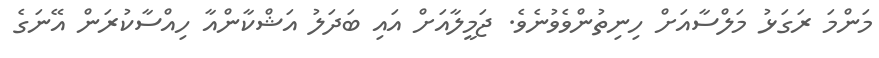
މަންމަ ރަގަޅު މަލްސާއަށް ހިނިތުންވެވުނެވެ. ޖަމީލާއަށް އައި ބަދަލު އަޝްކާންއާ ހިއްސާކުރަން އޭނަގެ